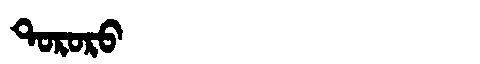
Manchu: ᡨᠣᡵᠣᡵᠣ
Romanization: TORORO